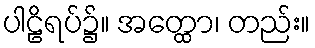
ပါဠိရပ်၌။ အတ္ထော၊ တည်း။